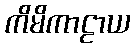
ကိမိကာဠာယ